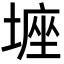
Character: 𡎻